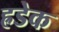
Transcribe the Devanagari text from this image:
ह्रडेक